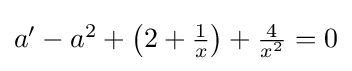
{\textstyle a'-a^{2}+\left(2+{\frac {1}{x}}\right)+{\frac {4}{x^{2}}}=0}